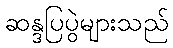
ဆန္ဒပြပွဲများသည်